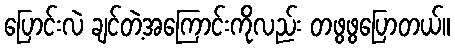
ပြောင်းလဲ ချင်တဲ့အကြောင်းကိုလည်း တဖွဖွပြောတယ်။